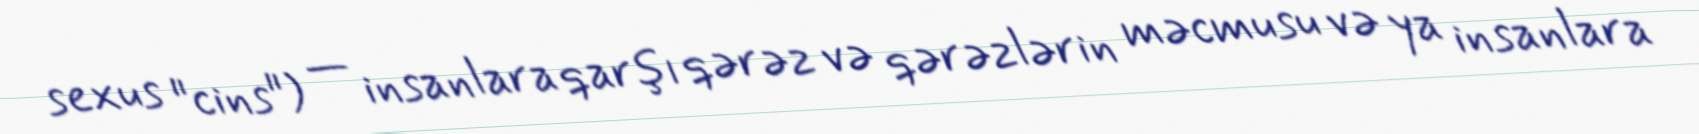
sexus "cins") — insanlara qarşı qərəz və qərəzlərin məcmusu və ya insanlara